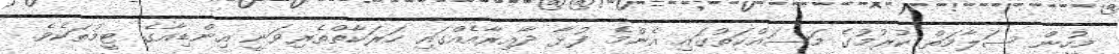
މީހުން ސަލާމަތް ކުރުމުގެ މަސައްކަތުގައި އެންމެ ފުޅާ ދާއިރާއެއްގައި ހަރަކާތްތެރިވަނީ އިންޑިއާގެ ޓީމުތަކެވެ.